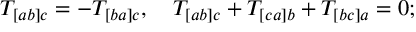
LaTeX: T _ { [ a b ] c } = - T _ { [ b a ] c } , \quad T _ { [ a b ] c } + T _ { [ c a ] b } + T _ { [ b c ] a } = 0 ;